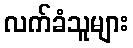
လက်ခံသူများ